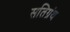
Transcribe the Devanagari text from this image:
सतिग्रंथ